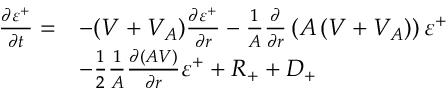
\begin{array} { r l } { \frac { \partial \varepsilon ^ { + } } { \partial t } = } & { - ( V + V _ { A } ) \frac { \partial \varepsilon ^ { + } } { \partial r } - \frac { 1 } { A } \frac { \partial } { \partial r } \left( A \left( V + V _ { A } \right) \right) \varepsilon ^ { + } } \\ & { - \frac { 1 } { 2 } \frac { 1 } { A } \frac { \partial ( A V ) } { \partial r } \varepsilon ^ { + } + R _ { + } + D _ { + } } \end{array}